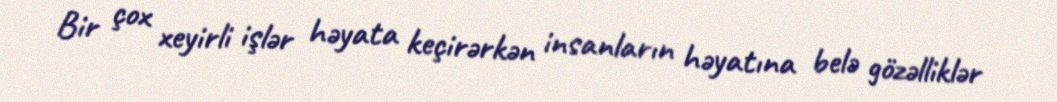
Bir çox xeyirli işlər həyata keçirərkən insanların həyatına belə gözəlliklər